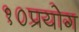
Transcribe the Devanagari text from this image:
१०प्रयोग